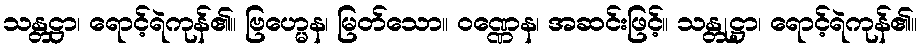
သန္တဋ္ဌာ၊ ရောင့်ရဲကုန်၏။ ဗြဟ္မေန၊ မြတ်သော။ ဝဏ္ဏေန၊ အဆင်းဖြင့်။ သန္တုဋ္ဌာ၊ ရောင့်ရဲကုန်၏။